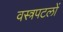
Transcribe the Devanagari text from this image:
वस्त्रपटलों